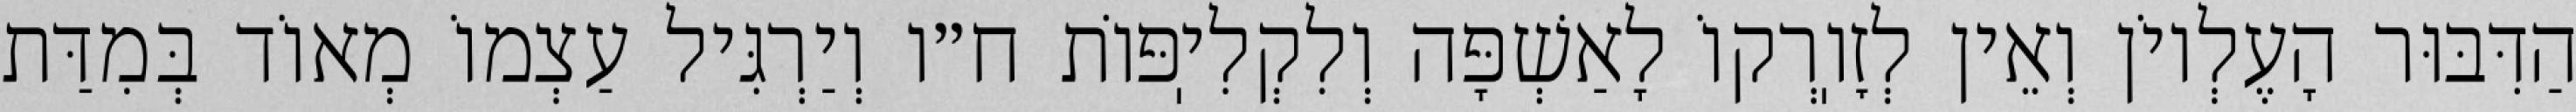
הַדִּבּוּר הָעֶלְיוֹן וְאֵין לְזׇוֽרְקוֹ לָאַשְׁפָּה וְלִקְלִיֽפּוֹת ח״ו וְיַרְגִּיל עַצְמוֹ מְאוֹד בְּמִדַּת